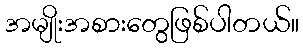
အမျိုးအစားတွေဖြစ်ပါတယ်။